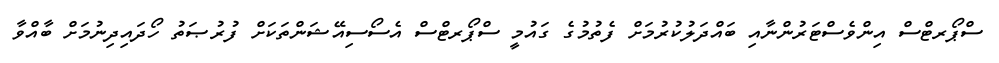
ސްޕޯރޓްސް އިންވެސްޓަރުންނާއި ބައްދަލުކުރުމަށް ފެތުމުގެ ގައުމީ ސްޕޯރޓްސް އެސޯސިއޭޝަންތަކަށް ފުރުޞަތު ހޯދައިދިނުމަށް ބާއްވާ